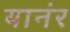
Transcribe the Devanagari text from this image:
यानंर